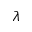
\lambda